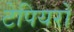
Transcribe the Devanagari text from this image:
टेपियरों